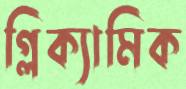
গ্লিক্যামিক